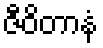
ဇီဝိတာနံ